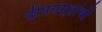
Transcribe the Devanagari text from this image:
द्वीपसमूहांची